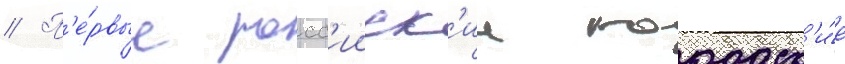
// П'е́рвые росс'ииск'ие городск'и́е